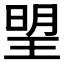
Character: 𣈂